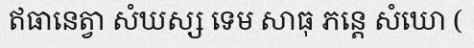
ឥធានេត្វា សំឃស្ស ទេម សាធុ ភន្តេ សំឃោ (